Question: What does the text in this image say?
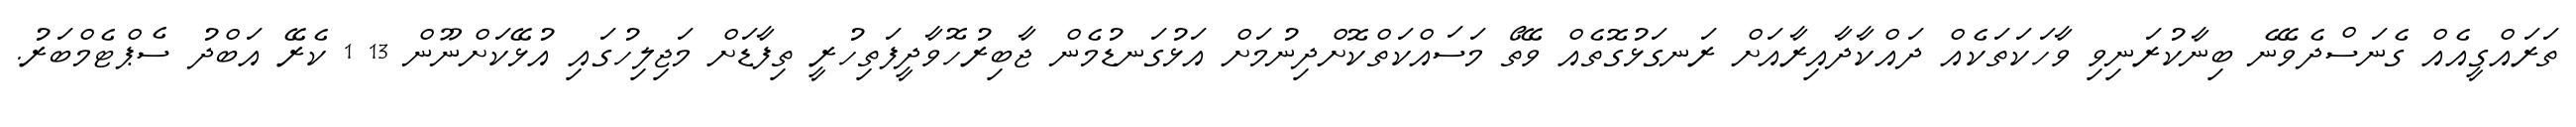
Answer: ތަރައްގީއެއް ގެނަސްދެވޭނެ ބިނާކުރަނިވި ވާހަކަތަކެއް ދައްކާދާއިރާއަށް ރަނގަޅުގޮތެއް ވޭތޯ މަސައްކަތްކޮށްދިނުމަށް އަޅުގަނޑުމެން ޖާބިރުހޮވާދީފަތިހުރީ ތިފާޑަށް މަޖިލިހުގައި އުޅޭކަށްނޫން 13 1 ކެރޭ އަބްދު ސެޕްޓެމްބަރު.